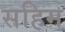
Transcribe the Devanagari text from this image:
सहिम